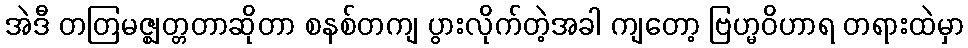
အဲဒီ တတြမဇ္ဈတ္တတာဆိုတာ စနစ်တကျ ပွားလိုက်တဲ့အခါ ကျတော့ ဗြဟ္မဝိဟာရ တရားထဲမှာ